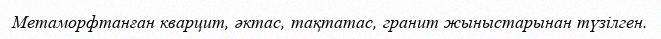
Метаморфтанған кварцит, әктас, тақтатас, гранит жыныстарынан түзілген.